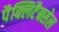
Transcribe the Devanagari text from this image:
पैक्लिटैक्सेल